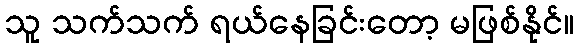
သူ သက်သက် ရယ်နေခြင်းတော့ မဖြစ်နိုင်။